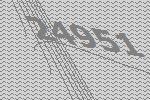
24951